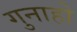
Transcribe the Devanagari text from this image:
गुनाहो